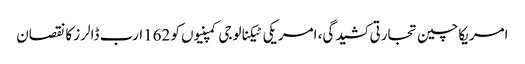
امریکاچین تجارتی کشیدگی، امریکی ٹیکنالوجی کمپنیوں کو 162ارب ڈالرز کا نقصان